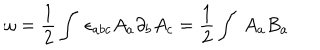
LaTeX: { \omega } = \frac { 1 } { 2 } \int \ { \epsilon } _ { a b c } A _ { a } \partial _ { b } A _ { c } = \frac { 1 } { 2 } \int \ A _ { a } B _ { a }